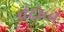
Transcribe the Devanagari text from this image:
चंद्रोच्च